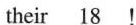
their \underline{18} !